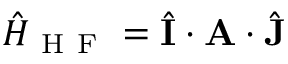
\hat { H } _ { \mathrm { ~ H ~ F ~ } } = \hat { \mathbf { I } } \cdot \mathbf { A } \cdot \hat { \mathbf { J } }